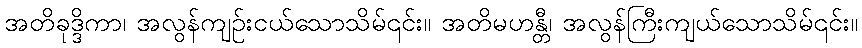
အတိခုဒ္ဒိကာ၊ အလွန်ကျဉ်းငယ်သောသိမ်၎င်း။ အတိမဟန္တီ၊ အလွန်ကြီးကျယ်သောသိမ်၎င်း။